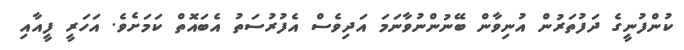
ކުންފުނީގެ ދަފުތަރުން އުނިވާން ބޭނުންނުވާނަމަ އަދިވެސް އެފުރުސަތު އެބައޮތް ކަމަށެވެ. އަހަރީ ފީއާއި